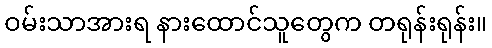
ဝမ်းသာအားရ နားထောင်သူတွေက တရုန်းရုန်း။